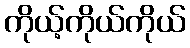
ကိုယ့်ကိုယ်ကိုယ်